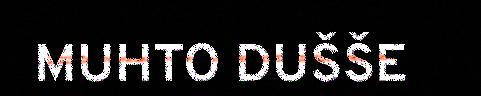
MUHTO DUŠŠE